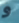
و